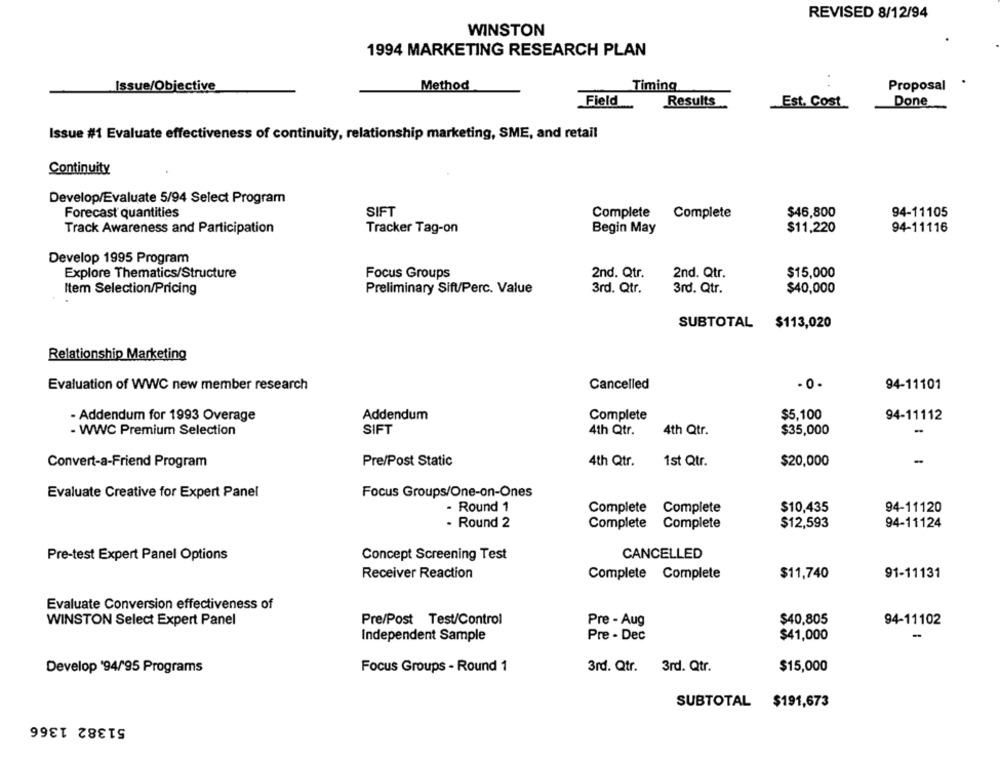
REVISED 8/12/94
WINSTON
1994 MARKETING RESEARCH PLAN
Issue/Objective
Method
Timing
Proposal
Field
Results
Est. Cost
Done
Issue #1 Evaluate effectiveness of continuity, relationship marketing, SME, and retail
Continuity
Develop/Evaluate 5/94 Select Program
SIFT
$46,800
94-11105
Forecast quantities
Complete
Complete
Track Awareness and Participation
Tracker Tag-on
Begin May
$11,220
94-11116
Develop 1995 Program
Explore Thematics/Structure
Focus Groups
2nd. Qtr.
2nd. Qtr.
$15,000
$40,000
Item Selection/Pricing
Preliminary Sift/Perc. Value
3rd. Qtr.
3rd. Qtr.
SUBTOTAL $113,020
Relationship Marketing
Evaluation of WWC new member research
Cancelled
94-11101
- Addendum for 1993 Overage
Addendum
Complete
$5,100
94-11112
- WWC Premium Selection
SIFT
4th Qtr.
4th Qtr.
$35,000
-
Convert-a-Friend Program
Pre/Post Static
4th Qtr.
1st Qtr.
$20,000
-
Evaluate Creative for Expert Panel
Focus Groups/One-on-Ones
- Round 1
Complete Complete
$10,435
94-11120
- Round 2
$12,593
94-11124
Complete Complete
CANCELLED
Pre-test Expert Panel Options
Concept Screening Test
Receiver Reaction
Complete Complete
$11,740
91-11131
Evaluate Conversion effectiveness of
WINSTON Select Expert Panel
Pre/Post Test/Control
Pre - Aug
$40,805
94-11102
Independent Sample
Pre - Dec
$41,000
-
Focus Groups - Round 1
3rd. Qtr. 3rd. Qtr.
$15,000
Develop '94/95 Programs
SUBTOTAL $191,673
51382 1366